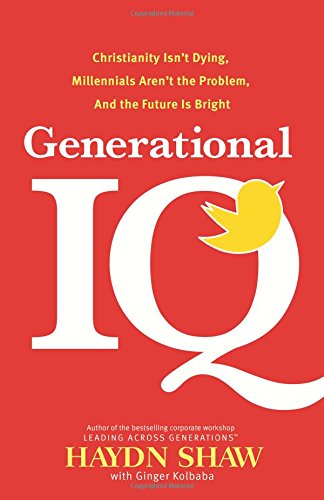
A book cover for Generational IQ: Christianity Isn't Dying, Millennials Aren't the Problem, and the Future is Bright; Haydn Shaw; Parenting & Relationships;